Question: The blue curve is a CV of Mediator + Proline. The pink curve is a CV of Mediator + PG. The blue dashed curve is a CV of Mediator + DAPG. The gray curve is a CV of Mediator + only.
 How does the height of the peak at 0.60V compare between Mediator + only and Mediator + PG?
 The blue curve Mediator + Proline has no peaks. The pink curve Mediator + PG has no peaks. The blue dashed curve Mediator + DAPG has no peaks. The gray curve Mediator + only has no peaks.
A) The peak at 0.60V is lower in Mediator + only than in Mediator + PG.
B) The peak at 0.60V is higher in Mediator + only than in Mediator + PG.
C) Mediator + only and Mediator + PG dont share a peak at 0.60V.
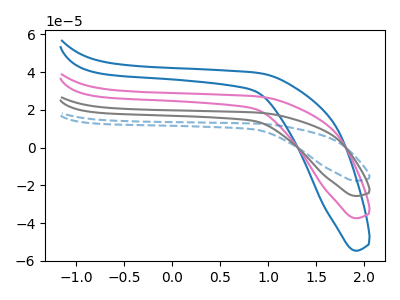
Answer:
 <answer>C) "Mediator + only" and "Mediator + PG" dont share a peak at 0.60V.</answer>
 <eval>C</eval>